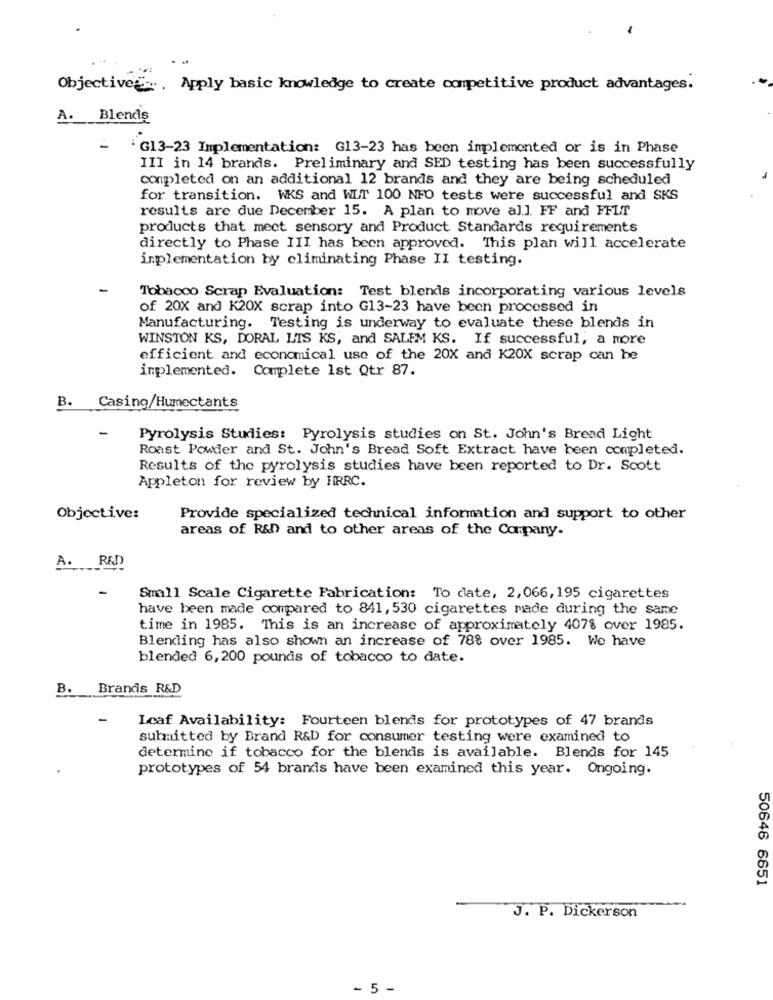
Objective Apply basic knowledge to create competitive product advantages.
A. Blends
G13-23 Implementation: G13-23 has been implemented or is in Phase
III in 14 brands. Preliminary and SED testing has been successfully
completed on an additional 12 brands and they are being scheduled
for transition. WKS and WLT 100 NFO tests were successful and SKS
results are due December 15. A plan to move al.]. FF and FFLT
products that meet sensory and Product Standards requirements
directly to Phase III has been approved. This plan will accelerate
implementation by eliminating Phase II testing.
-
Tobacco Scrap Evaluation: Test blends incorporating various levels
of 20X and K20X scrap into G13-23 have been processed in
Manufacturing. Testing is underway to evaluate these blends in
WINSTON KS, DORAL LIS KS, and SALEM KS. If successful, a more
efficient and economical use of the 20X and K20X scrap can be
implemented. Complete Ist Qtr 87.
B. Casing/Humectants
-
Pyrolysis Studies: Pyrolysis studies on St. John's Bread Light
Roast Powder and St. John's Bread Soft Extract have been completed.
Results of the pyrolysis studies have been reported to Dr. Scott
Appleton for review by FRRC.
Objective:
Provide specialized technical information and support to other
areas of R&D and to other areas of the Company.
A.
RED
Small Scale Cigarette Fabrication: To date, 2,066,195 cigarettes
have been made compared to 841, 530 cigarettes made during the same
time in 1985. This is an increase of approximately 4078 over 1985.
Blending has also shown an increase of 78% over 1985. We have
blended 6,200 pounds of tobacco to date.
B. Brands R&D
Leaf Availability: Fourteen blends for prototypes of 47 brands
submitted by Brand R&D for consumer testing were examined to
determine if tobacco for the blends is available. Blends for 145
prototypes of 54 brands have been examined this year. Ongoing.
50646 6651
J. P. Dickerson
- 5 -